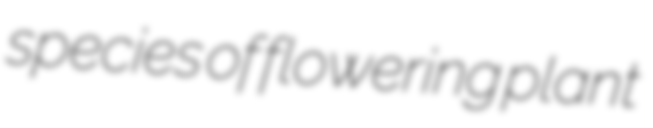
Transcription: species of flowering plant